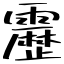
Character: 靂